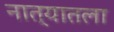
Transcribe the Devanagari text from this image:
नात्यातला